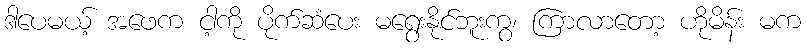
ဒါပေမယ့် အဖေက ငါ့ကို ပိုက်ဆံပေး မရွေးနိုင်ဘူးကွ၊ ကြာလာတော့ ဟိုမိန်း မက